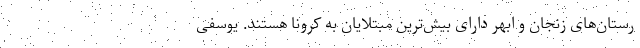
رستان‌های زنجان و ابهر دارای بیش‌ترین مبتلایان به کرونا هستند. یوسفی